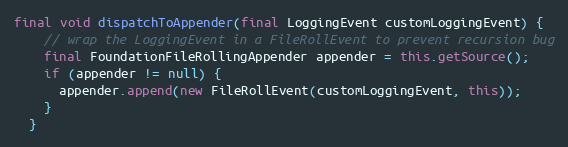
Language: Java
final void dispatchToAppender(final LoggingEvent customLoggingEvent) {
    // wrap the LoggingEvent in a FileRollEvent to prevent recursion bug
    final FoundationFileRollingAppender appender = this.getSource();
    if (appender != null) {
      appender.append(new FileRollEvent(customLoggingEvent, this));
    }
  }